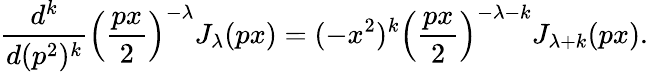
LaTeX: \frac{d^{k}}{d(p^{2})^{k}}\left(\frac{px}2\right)^{-\lambda}J_{\lambda}(px)=(-x^{2})^{k}\left(\frac{px}2\right)^{-\lambda-k}J_{\lambda+k}(px).